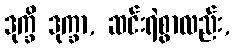
ဒုက္ခိ ဒုက္ခာ, ဆင်းရဲစွာလည်း,